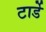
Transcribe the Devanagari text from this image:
टार्डे